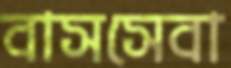
বাসসেবা